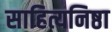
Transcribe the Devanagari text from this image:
साहित्यनिष्ठा